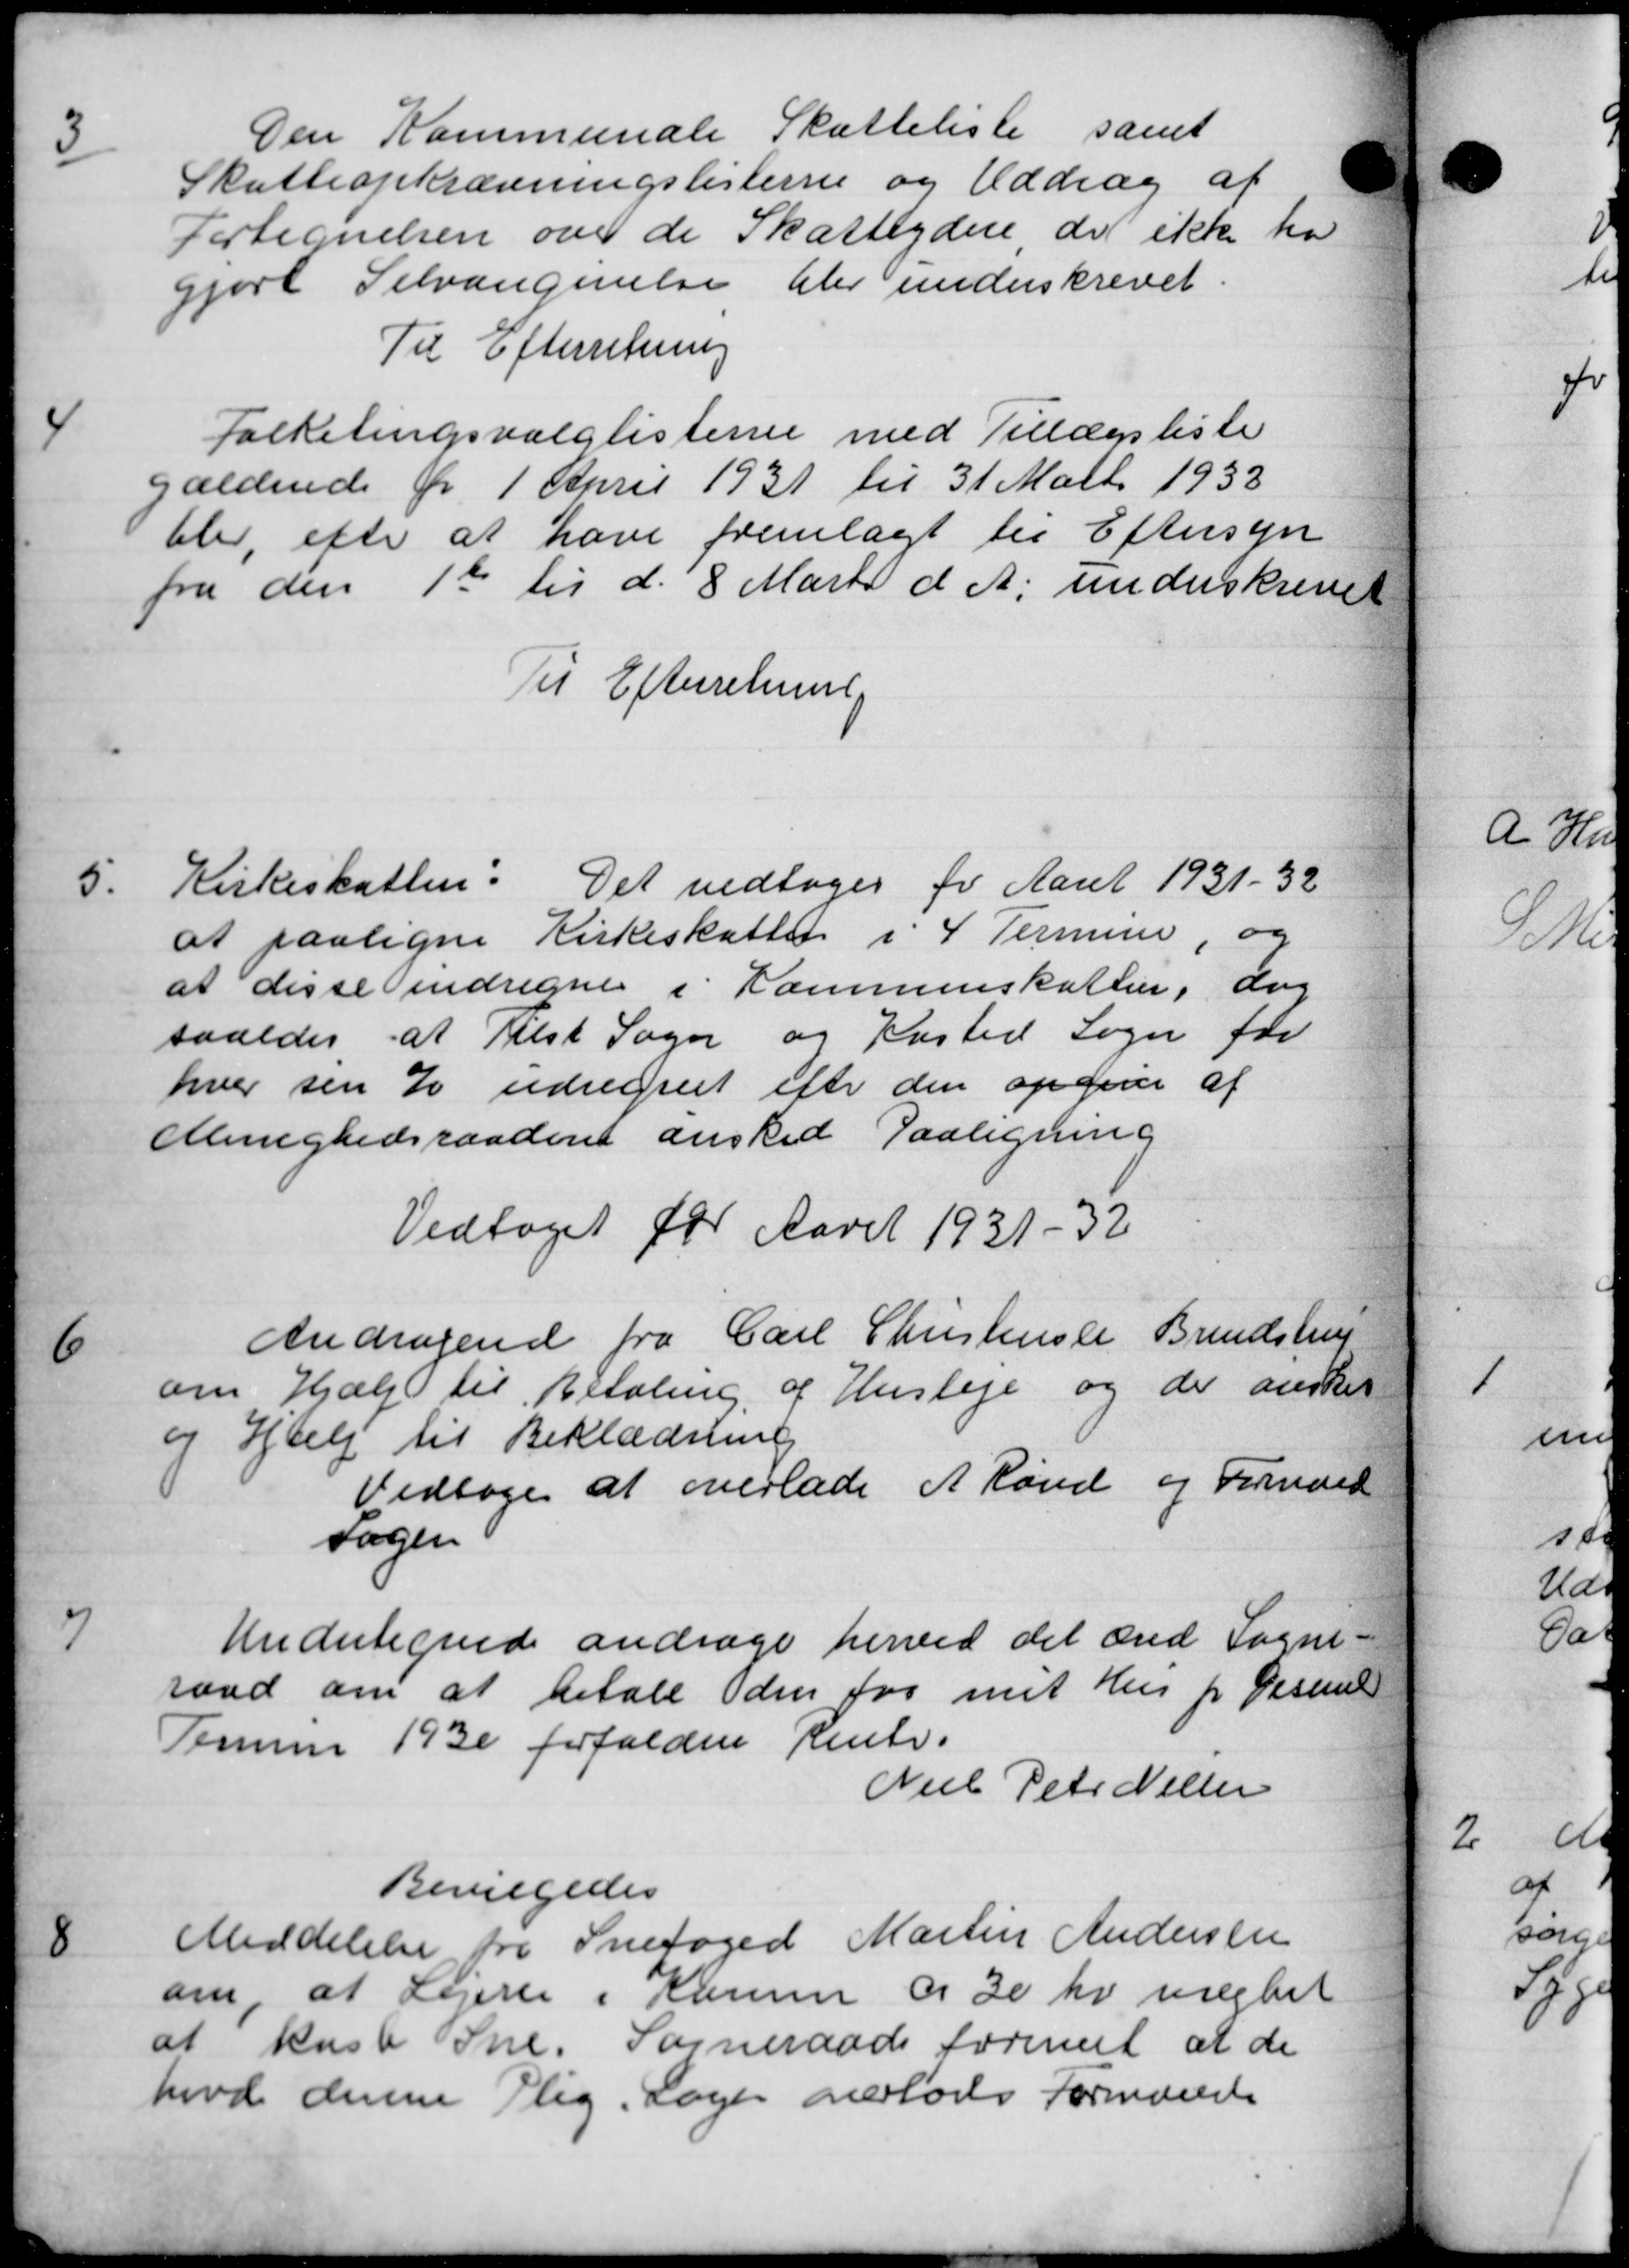
Transskription:
3
Den Kommunale Skatteliste samt
Skatteopkrævningslisterne og Uddrag af
Fortegnelsen over de Skatteydere de ikke ha
gjort Selvangivelse blev underskrevet.
Til Efterretning
4
Folketingsvalglisterne med Tillægsliste
gældende fr 1 April 1931 til 31 Marts 1933
blev efter at have fremlagt til Eftersyn
fra den 1te til d. 8 Marts d. A. underskrevet
Til Efterretning

Kirkeskatten. Det vedtoges for Aaret 1931-32
at paaligne Kirkeskattet i 4 Terminer og
at disse indregne i Kommuneskatten, dog
saaledes at Tilst Sogn og Kasted Sogn for
hver sin % udregnet efter den opgive af
Menighedsraadene ønsked Paaligning
Vedtaget for Aaret 1931-32

Andragende fra Carl Christensen Brendstrup
om Hjælp til Betaling af Husleje og de ønskes
og Hjælp til Beklædning
Vedtoges at overlade A Rønd og Franded
Sagen

Undertegnede andrage herved det æred Sogne-
raad om at betale den for mit Hus pr. Desem
Termin 1930 forfaldere Rente.
Niel Peter Nielsen
Bevilgedes

Meddelelse fra Snefoged Martin Andersen
om, at Lejerer i Komen d. 30 Kr uægtet
at kast Sne. Sogneraads forenet at de
hvod denne Plig. Sager overlodes Formande